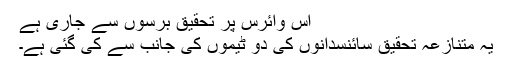
اس وائرس پر تحقیق برسوں سے جاری ہے
یہ متنازعہ تحقیق سائنسدانوں کی دو ٹیموں کی جانب سے کی گئی ہے۔